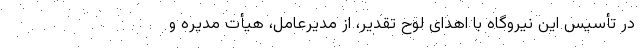
در تأسیس این نیروگاه با اهدای لوح تقدیر، از مدیرعامل، هیأت مدیره و